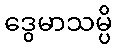
ဒွေမာသမ္ပိ